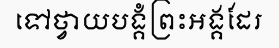
ទៅថ្វាយបង្គំព្រះអង្គដែរ